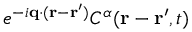
e ^ { - i \mathbf { q } \cdot ( \mathbf { r } - \mathbf { r ^ { \prime } } ) } C ^ { \alpha } ( \mathbf { r } - \mathbf { r ^ { \prime } } , t )